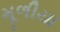
મૂળીયા